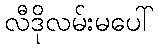
လီဒိုလမ်းမပေါ်